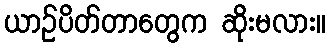
ယာဉ်ပိတ်တာတွေက ဆိုးမလား။